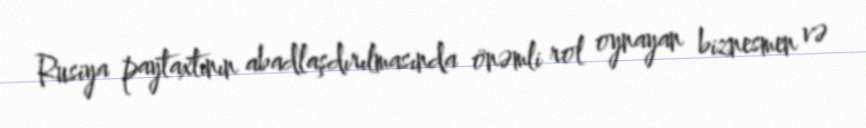
Rusiya paytaxtının abadlaşdırılmasında önəmli rol oynayan biznesmen və